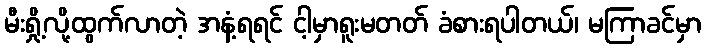
မီးရှို့လို့ထွက်လာတဲ့ အနံ့ရရင် ငါ့မှာရူးမတတ် ခံစားရပါတယ်၊ မကြာခင်မှာ